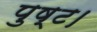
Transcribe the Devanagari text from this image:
पुष्ट।